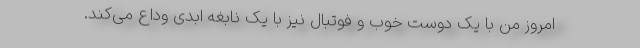
امروز من با یک دوست خوب و فوتبال نیز با یک نابغه ابدی وداع می‌کند.